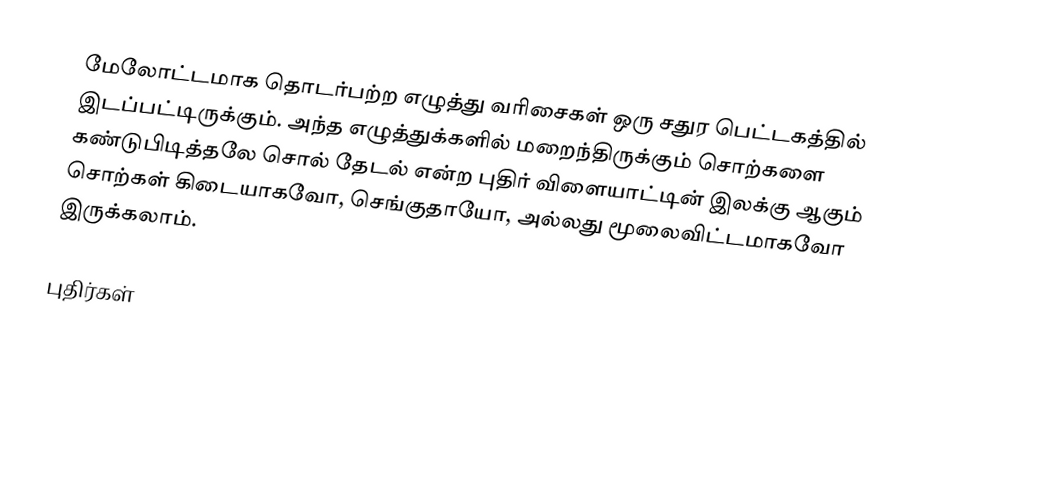
மேலோட்டமாக தொடர்பற்ற எழுத்து வரிசைகள் ஒரு சதுர பெட்டகத்தில் இடப்பட்டிருக்கும்.  அந்த எழுத்துக்களில் மறைந்திருக்கும் சொற்களை கண்டுபிடித்தலே சொல் தேடல் என்ற புதிர் விளையாட்டின் இலக்கு ஆகும்  சொற்கள் கிடையாகவோ, செங்குதாயோ, அல்லது மூலைவிட்டமாகவோ இருக்கலாம்.

புதிர்கள்